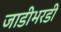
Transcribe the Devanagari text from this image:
जाडीभरडी